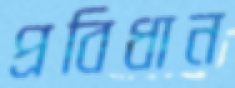
প্রবিধান